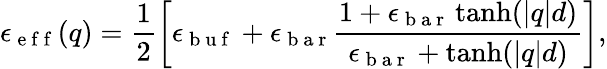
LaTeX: \epsilon_{\mathrm{~e~f~f~}}(q)=\frac{1}{2}\left[\epsilon_{\mathrm{~b~u~f~}}+\epsilon_{\mathrm{~b~a~r~}}\frac{1+\epsilon_{\mathrm{~b~a~r~}}\operatorname{tanh}(|q|d)}{\epsilon_{\mathrm{~b~a~r~}}+\operatorname{tanh}(|q|d)}\right],